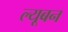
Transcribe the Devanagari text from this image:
ल्यूबन